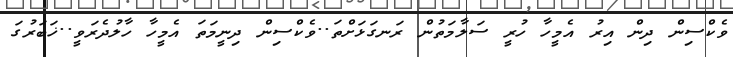
ވެކްސިން ދިން އިރު އެމީހާ ހުރީ ސަލާމަތުން ރަނގަޅަށްތަ..ވެކްސިން ދިނީމަތަ އެމީހާ ހާލުދެރަވީ..ޚަބަރުގަ